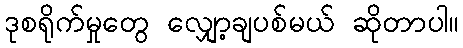
ဒုစရိုက်မှုတွေ လျှော့ချပစ်မယ် ဆိုတာပါ။